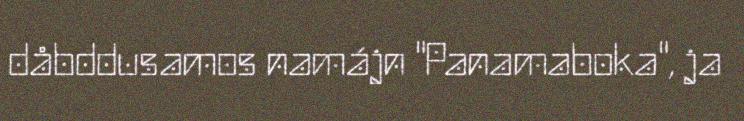
dåbddusamos namájn "Panamaboka", ja